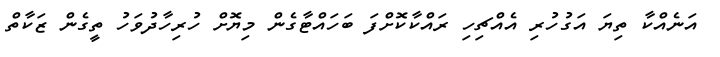
އަނެއްކާ ތިޔަ އަގުހުރި އެއްޗިހި ރައްކާކޮށްފަ ބަހައްޓާގެން މިޔޮށް ހުރިހާދުވަހު ތީގެން ޒަކާތް